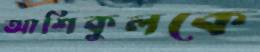
আশিকুলকে